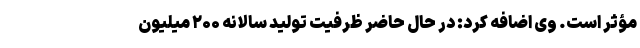
مؤثر است. وی اضافه کرد: در حال حاضر ظرفیت تولید سالانه ۲۰۰ میلیون